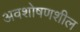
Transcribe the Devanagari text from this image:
अवशोषणशील